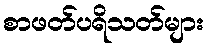
စာဖတ်ပရိသတ်များ